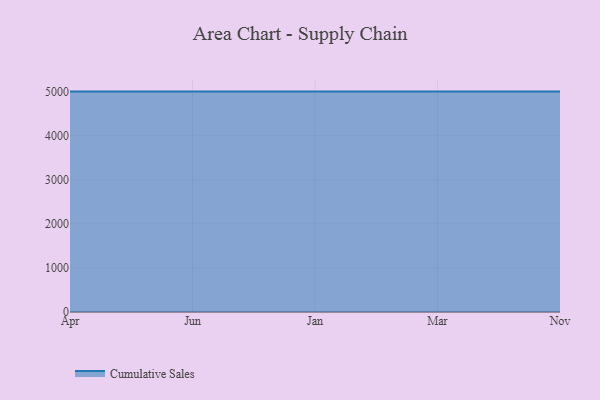
{"axis": {"x": "Month", "y": "Satisfaction Score"}, "legend": ["Cumulative Sales"], "data": [{"x": "Apr", "y": 5000, "type": "Cumulative Sales"}, {"x": "Jun", "y": 5000, "type": "Cumulative Sales"}, {"x": "Jan", "y": 5000, "type": "Cumulative Sales"}, {"x": "Mar", "y": 5000, "type": "Cumulative Sales"}, {"x": "Nov", "y": 5000, "type": "Cumulative Sales"}]}